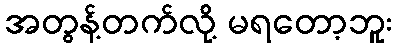
အတွန့်တက်လို့ မရတော့ဘူး